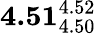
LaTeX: \mathbf{4.51}_{4.50}^{4.52}